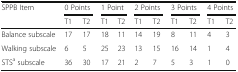
<table><thead><tr><td rowspan="2"><b>SPPB Item</b></td><td colspan="2"><b>0 Points</b></td><td colspan="2"><b>1 Point</b></td><td colspan="2"><b>2 Points</b></td><td colspan="2"><b>3 Points</b></td><td colspan="2"><b>4 Points</b></td></tr><tr><td><b>T1</b></td><td><b>T2</b></td><td><b>T1</b></td><td><b>T2</b></td><td><b>T1</b></td><td><b>T2</b></td><td><b>T1</b></td><td><b>T2</b></td><td><b>T1</b></td><td><b>T2</b></td></tr></thead><tbody><tr><td>Balance subscale</td><td>17</td><td>17</td><td>18</td><td>11</td><td>14</td><td>19</td><td>8</td><td>11</td><td>4</td><td>3</td></tr><tr><td>Walking subscale</td><td>6</td><td>5</td><td>25</td><td>23</td><td>13</td><td>15</td><td>16</td><td>14</td><td>1</td><td>4</td></tr><tr><td>STS<sup>a</sup> subscale</td><td>36</td><td>30</td><td>17</td><td>21</td><td>2</td><td>7</td><td>5</td><td>3</td><td>1</td><td>0</td></tr></tbody></table>